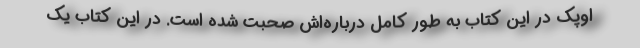
اوپک در این کتاب به طور کامل درباره‌اش صحبت شده است. در این کتاب یک